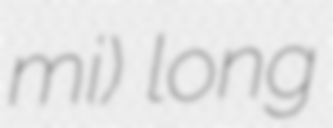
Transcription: mi) long